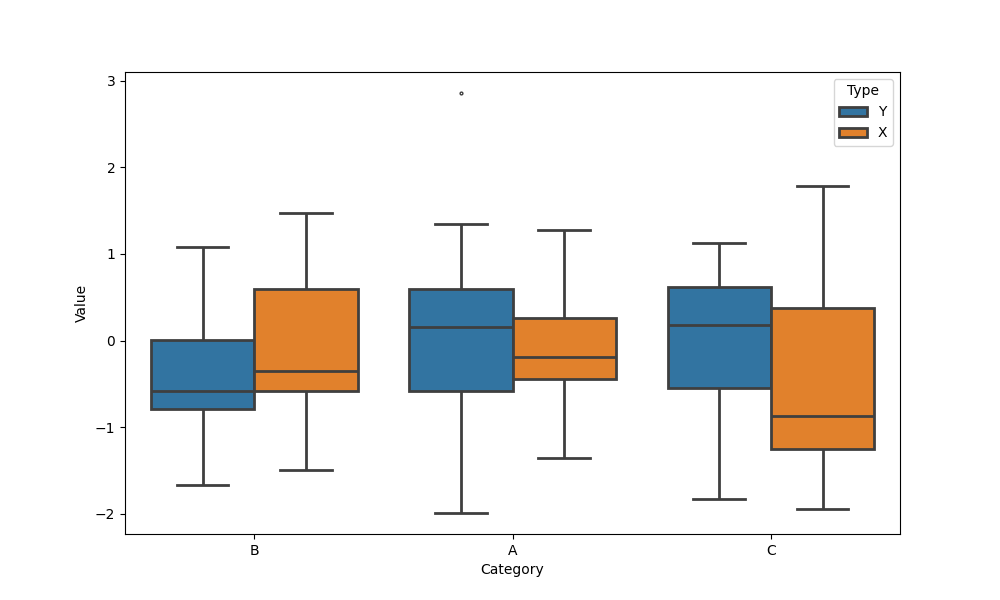
python, seaborn, boxplot, width=0.8, linewidth=2, fliersize=2, notch=False